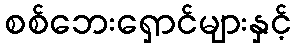
စစ်ဘေးရှောင်များနှင့်